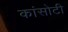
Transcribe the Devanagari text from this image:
कांसोटी